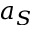
a _ { S }